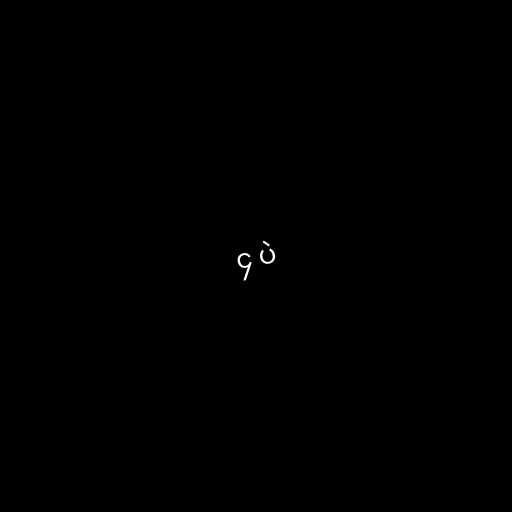
၄ ပဲ